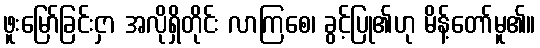
ဖူးမြော်ခြင်းငှာ အလိုရှိတိုင်း လာကြစေ၊ ခွင့်ပြု၏ဟု မိန့်တော်မူ၏။